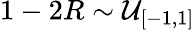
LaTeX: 1-2R\sim\mathcal{U}_{[-1,1]}